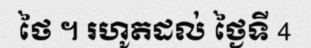
ថៃ ។ រហូតដល់ ថ្ងៃទី 4